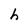
Character: h